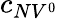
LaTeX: c_{NV^{0}}